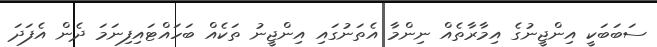
ސަބަބަކީ އިންޖީނުގެ އިމާރާތެއް ނިންމާ އެތަނުގައި އިންޖީނު ތަކެއް ބަހައްޓައިފިނަމަ ދެން އެފަދަ